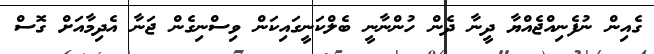
ގެއިން ނުފެނިއްޖެއްޔާ ދީނާ ދެން ހުންނާނީ ބެލްކަނީގައިކަން ވިސްނިގެން ޖަނާ އެދިމާއަށް ގޮސް